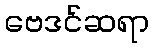
ဗေဒင်ဆရာ